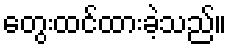
တွေးထင်ထားခဲ့သည်။